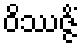
ဝိဿဇ္ဇိံ